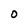
Character: 0